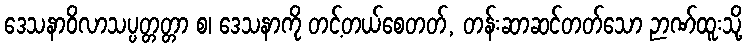
ဒေသနာဝိလာသပ္ပတ္တတ္တာ စ၊ ဒေသနာကို တင့်တယ်စေတတ်, တန်းဆာဆင်တတ်သော ဉာဏ်ထူးသို့